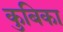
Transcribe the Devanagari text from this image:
कुबिका